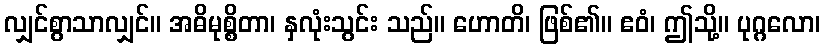
လျှင်စွာသာလျှင်။ အဓိမုစ္စိတာ၊ နှလုံးသွင်း သည်။ ဟောတိ၊ ဖြစ်၏။ ဧဝံ၊ ဤသို့။ ပုဂ္ဂလော၊